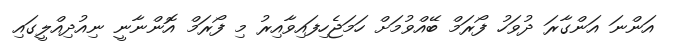
އަންނަ އަންގާރަ ދުވަހު ފޯރަމް ބޭއްވުމަށް ހަމަޖެހިފައިވާއިރު މި ފޯރަމް އޮންނާނީ ނިއުދިއްލީގައި